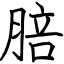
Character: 䏽